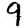
Digit: 9